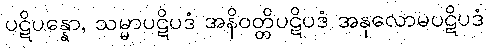
ပဋိပန္နော, သမ္မာပဋိပဒံ အနိဝတ္တိပဋိပဒံ အနုလောမပဋိပဒံ